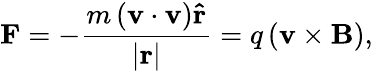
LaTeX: \mathbf{F}=-{\frac{m\left(\mathbf{v}\cdot{\mathbf{v}}\right)\mathbf{\hat{r}}}{\left|\mathbf{r}\right|}}=q\left(\mathbf{v}\times\mathbf{B}\right),\,